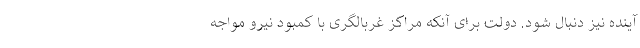
آینده نیز دنبال شود. دولت برای آنکه مراکز غربالگری با کمبود نیرو مواجه